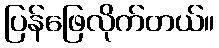
ပြန်ဖြေလိုက်တယ်။